Vaccination in Burma 1912-1922 - 1912-1922
Year: 1912
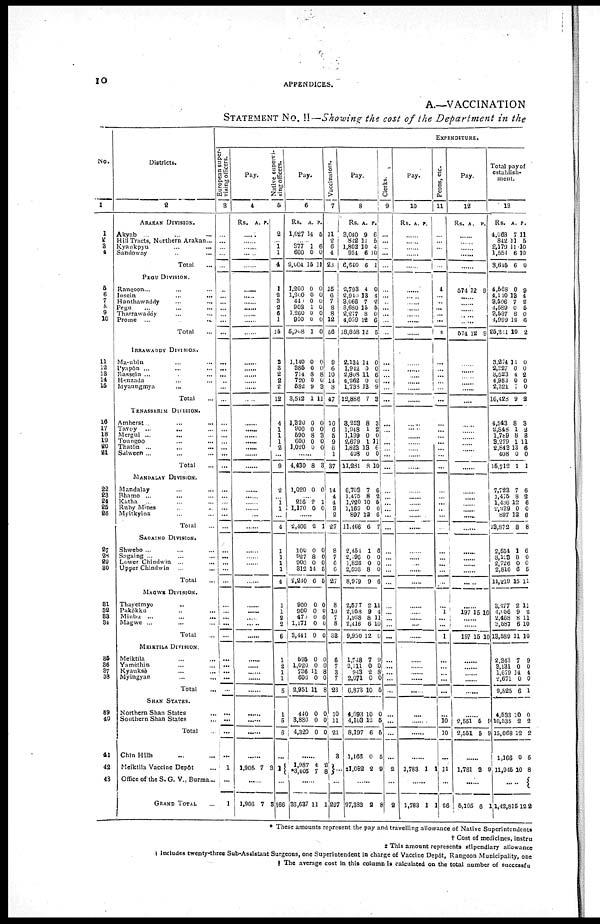
10
APPENDICES.
A.—VACCINATION
STATEMENT NO. II—Showing the cost of the Department in the
No.
1
1
2 3
4
5
6
7 8
9
10
11
12 13
14
15
16
17
18
19
20
21
22
23
25
26
27
27
28
29
30
31
32
33
34
35
36
37
38
39
40
41
42
43
Districts.
2
ARAKAN DIVISION.
Akyab ... ... ...
Hill Tracts, Northern Arakan...
Kyankpyu ... ...
Sandoway
...
...
Total ...
PEGU DIVISION.
Rangoon ... ... ...
Insein
...
...
...
Hanthawaddy ... ...
Pegu ... ... ...
Tharrawaddy ... ... ...
Prome ... ...
Total ...
IRRAWADDY DIVISION.
Ma-ubin ... ... ...
Pyapôn ... ... ...
Bassein ... ... ...
Henzada ... ... ...
Myaungmya ... ... ...
Total ...
TENASSERIM DIVISION.
Amherst ... ... ...
Tavoy ... ... ...
Mergui ... ... ...
Toungoo ... ... ...
Thatôn
...
...
...
Salween ... ... ...
Total ...
MANDALAY DIVISION.
Mandalay ... ... ...
Bhamo ... ... ...
Katha ... ... ...
Ruby Mines ... ... ...
Myitkyina ... ... ...
Total ...
SAGAING DIVISION.
Shwebo ... ... ...
Sagaing ... ... ...
Lower Chindwin ... ...
Upper Chindwin ... ...
Total ...
MAGWE DIVISION.
Thayetmyo ... ... ...
Pakôkku ... ... ...
Minbu ... ... ...
Magwe ... ... ...
Total ...
MEIKTILA DIVISION.
Meiktila ... ... ...
Yamèthin ... ... ...
Kyanksè ... ... ...
Myingyan ... ... ...
Total ...
SHAN STATES.
Northern Shan States ...
Southern Shan States ...
Total ...
Chin Hills ... ... ...
Melktila Vaccine Depôt ... ...
Office of the S. G. V., Burma... ...
GRAND TOTAL ...
EXPENDITURE.
European super-
vising officers.
3
...
...
...
...
...
...
...
... ...
...
...
...
...
...
...
...
...
...
...
...
...
...
...
...
...
...
...
...
...
...
...
...
...
...
...
...
...
...
...
...
...
...
...
...
...
...
...
...
...
...
1
1
1
Pay.
4
Rs. A. P.
......
......
......
......
......
......
......
...... ......
......
......
......
......
......
......
......
......
......
......
......
......
......
......
......
......
......
......
......
...... ......
......
......
......
......
......
......
......
......
......
......
......
......
......
......
......
......
......
......
......
......
1,906 7 3
......
1,906 7 3
Native supervi-
sing officers.
5
2
... 1
1
4
1
2 3
2
6
1
15
3
3
2
2
2
12
4
1
1
1
2
...
9
2
...
1
1
...
4
1
1
1
1
4
1
1
2
2
6
1
2
1
1
5
1
5
6
...
1
...
§66
Pay.
6
Rs.
1,027
A.
14
P.
5
...... 377
600
2,004
1
0
15
6
0
11
1,200
1,200
440
908
1,260
900
5,008
0
0
0
1
0
0
1
0
0
0
0
0
0
0
1,140
385
714
720
582
3,512
0
0
8 0
9
1
0
0
8
0
3
11
1,320
900
590
600
1,020
0
0
8
0
0
0
0
3
0
0
......
4,430 8 3
1,020 0 0
......
216
1,170
2
0
1
0
......
2,406 2 1
100
927
900
312
2,240
0
8
0
14
6
0
0
0
5
5
900
900
470
1,171
3,441
0
0
0
0
0
0
0
0
0
0
595
1,020
736
600
2,951
0
0
11
0
11
0
0
8
0
8
440
3,880
4,320
0
0
0
0
0
0
......
1,987
*3,405
4
7 2
8
......
36,637 11 1
Vaccinators.
7
11
2
6
4
23
15
6
7
8
8
12
56
9
6
10
14
8
47
10
6
6
9
6
1
37
14
4
4
3
2
27
8
7
6
6
27
8
10
7
8
33
6
7
3
7
23
10
11
21
3
...
...
297
Pay.
8
Rs
3,040
842
1,802
954
6,640
A.
9
11
10
6
6
P.
6
5
4
10
1
2,793
2,940
3,066
3,680
2,277
4,099
18,858
4
13
7
15
8
12
12
0
4
2
5
0
6
5
2,134
1,942
2,808
4,262
1,738
12,886
14
0
11
0
13
7
0
0 6
0
9
3
8,223
1,948
1,199
2,679
1,823
408
11,281
8
1
0
1
13
0
8
3
2
0
11
6
0
10
6,703
1,475
1,220
1,169
897
11,466
7
8
10
0
12
6
6
2
5
0
6
7
2,454
2,196
1,826
2,503
8,979
1
0
0
8
9
6
0 0
0
6
2,577
2,958
1,998
2,416
9,950
2
9
8
6
12
11
4
11
10
0
1,748
2,111
943
2,071
6,873
7
0
2
0
10
9
0
8
0
5
4,093
4,103
8,197
1,166
‡1,082
10
12
6
0
2
0
5
5
5
9
......
97,383 2 8
Clerks.
...
...
...
...
...
...
...
... ...
...
...
...
...
...
...
...
...
...
...
...
...
...
...
...
...
...
...
...
...
...
...
...
...
...
...
...
...
...
...
...
...
...
...
...
...
...
...
...
...
...
2
...
2
Pay.
10
Rs. A. P.
......
......
......
......
......
......
......
...... ......
......
......
......
......
......
......
......
......
......
......
......
......
......
......
......
......
......
......
......
......
......
......
......
......
......
......
......
......
......
......
......
......
......
......
......
......
......
......
......
......
......
1,783 1 1
......
1,783 1 1
Peons, etc.
11
...
...
...
...
...
4
...
... ...
...
...
4
...
...
...
...
...
...
...
...
...
...
...
...
...
...
...
...
...
...
...
...
...
...
...
...
...
1
...
...
1
...
...
...
...
...
...
10
10
...
11
...
26
Pay.
12
Rs. A. P.
......
......
......
......
......
574 12 9
......
...... ......
......
......
574 12 9
......
......
......
......
......
......
......
......
......
......
......
......
......
......
......
......
......
......
......
......
......
......
......
......
......
197 15 10
......
......
197 15 10
......
......
......
......
......
......
2,551
2,551
5
5
9
9
......
1,781 8 9
......
5,105 6 1
Total pay of
establish-
ment.
13
Rs.
4,068
842
2,179
1,554
8,645
A.
7
11 11
6
6
P.
11
5
10
10
0
4,568
4,140
3,506
4,589
3,537
4,999
25,311
0
13
7
0
8
12
10
9
4
2
5
0
6
2
3,274
2,327
3,523
4,982
2,321
16,428
11
0 4
0
7
9
0
0
2
0
0
2
4,543
2,848
1,789
3,279
2,843
408
15,712
8
1
8
1
13
0
1
3
2
3
11
6
0
1
7,723
1,475
1,436
2,339
897
13,872
7
8
12
0
12
8
6
2
6
0
6
8
2,554
3,123
2,726
2,816
11,219
1
8
0
6
15
6
0
0
5
11
3,477
4,056
2,468
3,587
13,589
2
9
8
6
11
11
2
11
10
10
2,343
3,131
1,679
2,671
9,625
7
0
14
0
6
9
0
4
0
1
4,533
10,535
15,068
1,166
11,945
10
2
12
0
10
0
2
2
5
8
......
1,42,815 12 2
* These amounts represent the pay and travelling allowance of Native Superintendents
† Cost of medicines, instru
‡ This amount represents stipendiary allowance
Includes twenty-three Sub-Assistant Surgeons, one Superintendent in charge of Vaccine Depôt, Rangoon Municipality, one
§The average cost in this column is calculated on the total number of successfu